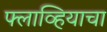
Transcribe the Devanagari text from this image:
फ्लाव्हियाचा